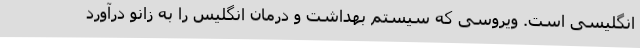
انگلیسی است. ویروسی که سیستم بهداشت و درمان انگلیس را به زانو درآورد